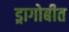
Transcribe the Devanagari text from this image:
ड्रागोबीत